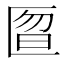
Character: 匫